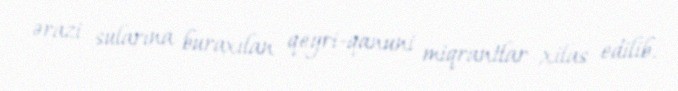
ərazi sularına buraxılan qeyri-qanuni miqrantlar xilas edilib.